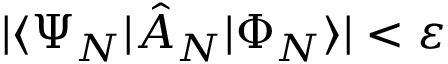
\vert \langle \Psi _ { N } \vert \hat { A } _ { N } \vert \Phi _ { N } \rangle \vert < \varepsilon